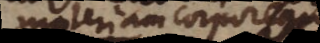
materiam corpoream